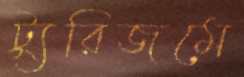
ট্যুরিজমে